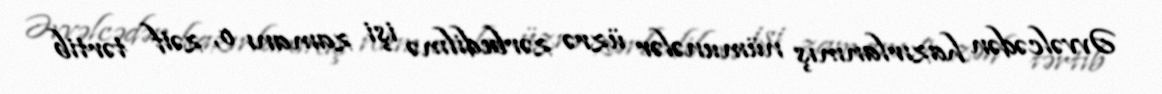
Əvvəlcədən hazırlanmış nümunələr üzrə zərbedilmə işi zamanı o, zəif tərtib